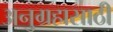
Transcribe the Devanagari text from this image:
अनुग्रहासाठी